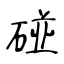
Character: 碰